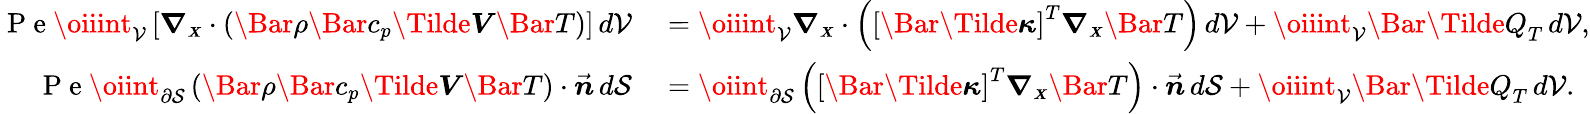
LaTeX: \begin{array}{rl}{\mathrm{~P~e~}\oiiint_{\mathcal{V}}\left[\boldsymbol{\nabla_{\scriptscriptstyle X}}\cdot\left(\Bar{\rho}\Bar{c}_{p}\boldsymbol{\Tilde{V}}\Bar{T}\right)\right]\, d\mathcal{V}}&{{}=\oiiint_{\mathcal{V}}\boldsymbol{\nabla_{\scriptscriptstyle X}}\cdot\left(\left[\boldsymbol{\Bar{\Tilde{\kappa}}}\right]^{T}\boldsymbol{\nabla_{\scriptscriptstyle X}}\Bar{T}\right)\, d\mathcal{V}+\oiiint_{\mathcal{V}}\Bar{\Tilde{Q}}_{T}\, d\mathcal{V},}\\ {\mathrm{~P~e~}\oiint_{\partial\mathcal{S}}\left(\Bar{\rho}\Bar{c}_{p}\boldsymbol{\Tilde{V}}\Bar{T}\right)\cdot\vec{\boldsymbol{n}}\, d\mathcal{S}}&{{}=\oiint_{\partial\mathcal{S}}\left(\left[\boldsymbol{\Bar{\Tilde{\kappa}}}\right]^{T}\boldsymbol{\nabla_{\scriptscriptstyle X}}\Bar{T}\right)\cdot\vec{\boldsymbol{n}}\, d\mathcal{S}+\oiiint_{\mathcal{V}}\Bar{\Tilde{Q}}_{T}\, d\mathcal{V}.}\end{array}